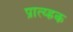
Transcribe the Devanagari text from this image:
प्रात्य्ह्रक